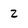
Character: 2